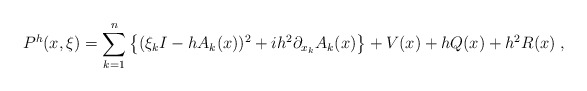
\begin{align*} P^h(x,\xi )=\sum_{k=1}^{n}\left \{ (\xi_kI -hA_k(x))^2 +ih^2\partial_{x_k}A_k(x)\right\} + V(x) + hQ(x) +h^2R(x)\; ,\end{align*}